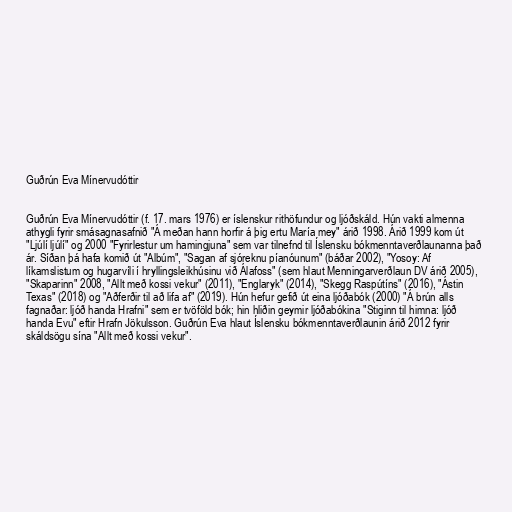
Guðrún Eva Mínervudóttir

Guðrún Eva Mínervudóttir (f. 17. mars 1976) er íslenskur rithöfundur og ljóðskáld. Hún vakti almenna
athygli fyrir smásagnasafnið "Á meðan hann horfir á þig ertu María mey" árið 1998. Árið 1999 kom út
"Ljúlí ljúlí" og 2000 "Fyrirlestur um hamingjuna" sem var tilnefnd til Íslensku bókmenntaverðlaunanna það
ár. Síðan þá hafa komið út "Albúm", "Sagan af sjóreknu píanóunum" (báðar 2002), "Yosoy: Af
líkamslistum og hugarvíli í hryllingsleikhúsinu við Álafoss" (sem hlaut Menningarverðlaun DV árið 2005),
"Skaparinn" 2008, "Allt með kossi vekur" (2011), "Englaryk" (2014), "Skegg Raspútíns" (2016), "Ástin
Texas" (2018) og "Aðferðir til að lifa af" (2019). Hún hefur gefið út eina ljóðabók (2000) "Á brún alls
fagnaðar: ljóð handa Hrafni" sem er tvöföld bók; hin hliðin geymir ljóðabókina "Stiginn til himna: ljóð
handa Evu" eftir Hrafn Jökulsson. Guðrún Eva hlaut Íslensku bókmenntaverðlaunin árið 2012 fyrir
skáldsögu sína "Allt með kossi vekur".